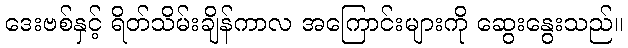
ဒေးဗစ်နှင့် ရိတ်သိမ်းချိန်ကာလ အကြောင်းများကို ဆွေးနွေးသည်။